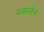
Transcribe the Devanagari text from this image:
य्त्सर्जन